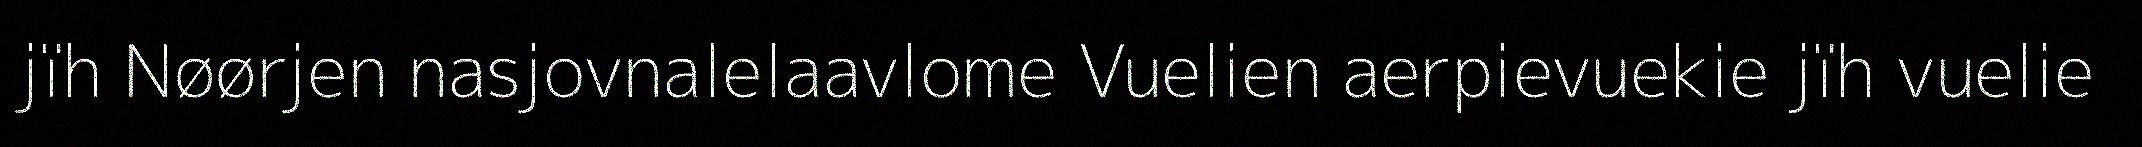
jïh Nøørjen nasjovnalelaavlome Vuelien aerpievuekie jïh vuelie